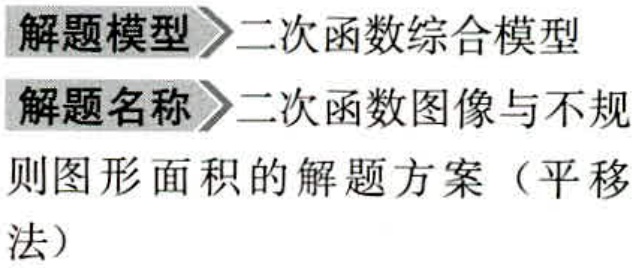
解题模型$\to$二次函数综合模型
解题名称$\to$二次函数图像与不规则图形面积的解题方案（平移法）